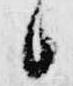
候